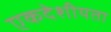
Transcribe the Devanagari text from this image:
एकदेशीयता